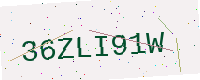
Text: 36ZLI91W